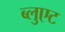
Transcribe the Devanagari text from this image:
ब्लुएट